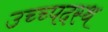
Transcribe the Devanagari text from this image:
उच्च्पदस्थ